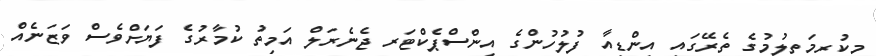
މިކުރިމަތިލުމުގެ ތެރޭގައި އިންޑިއާ ފުލުހުންގެ އިންސްޕެކްޓަރ ޖެނެރަލް އަމިތު ކުމާރުގެ ފަޔަށްވެސް ވަޒަނެއް